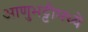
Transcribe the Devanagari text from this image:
आणुभट्टीमध्ये